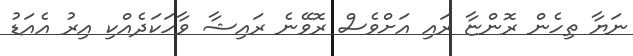
ނަޔާ ތިހެން ރޮންޏާ ރައި އަށްވެސް ރޮވޭނެ ރައިޝާ ވާހަކަދެއްކި އިރު އެއަޑު